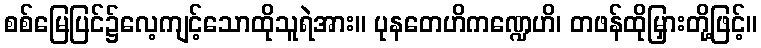
စစ်မြေပြင်၌လေ့ကျင့်သောထိုသူရဲအား။ ပုနတေဟိကဏ္ဍေဟိ၊ တဖန်ထိုမြှားတို့ဖြင့်။